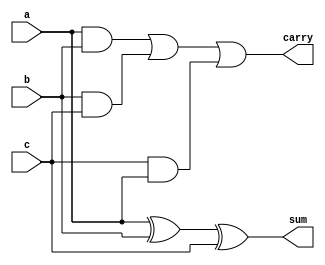
// This program was cloned from: https://github.com/aolofsson/oh
// License: MIT License

//#############################################################################
//# Function: Carry Save Adder (3:2)                                          #
//# Copyright: OH Project Authors. ALl rights Reserved.                       #
//# License:  MIT (see LICENSE file in OH repository)                         #
//#############################################################################

module asic_csa32 #(parameter PROP = "DEFAULT")
   (
     input  a,
     input  b,
     input  c,
     output sum,
     output carry
     );

   assign sum = a ^ b ^ c;
   assign carry = (a & b) | (b & c) | (c & a);

endmodule